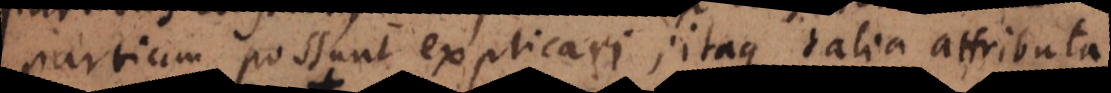
partium possunt explicari; itaque talia attributa